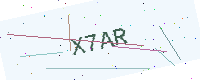
Text: X7AR